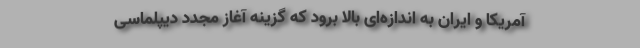
آمریکا و ایران به اندازه‌ای بالا برود که گزینه آغاز مجدد دیپلماسی